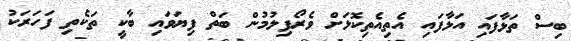
ބިސް ތަޅާފައި އަޅާފައި އެތިއެތިކޮޅަށް ވެރޯފިލުމުން ބަތް ފިޔަވައި ބާކީ ތަކެތި ފަހަރަކު